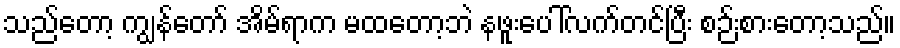
သည်တော့ ကျွန်တော် အိမ်ရာက မထတော့ဘဲ နဖူးပေါ်လက်တင်ပြီး စဉ်းစားတော့သည်။